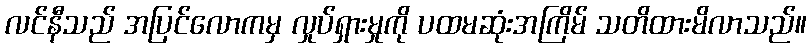
လင်နီသည် အပြင်လောကမှ လှုပ်ရှားမှုကို ပထမဆုံးအကြိမ် သတိထားမိလာသည်။